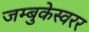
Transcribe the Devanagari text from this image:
जम्बुकेस्वरर